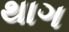
થાગ